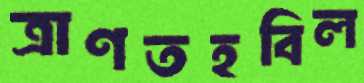
ত্রাণতহবিল